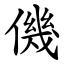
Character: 僟